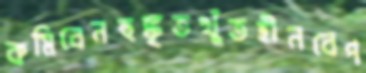
কমিবেনহুঙ্কৃতখুঁতহীনবেপ